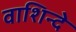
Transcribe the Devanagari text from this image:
वाशिन्दे